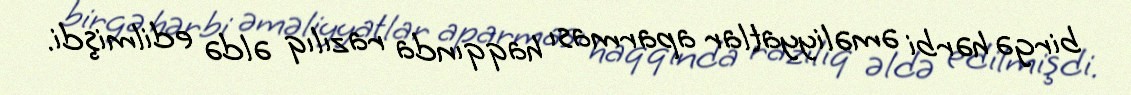
birgə hərbi əməliyyatlar aparması haqqında razılıq əldə edilmişdi.